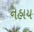
નહાય